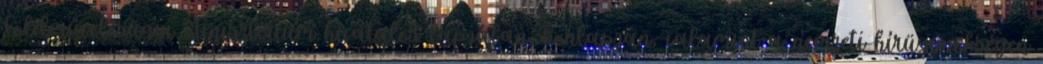
Földművelésügyi Minisztérium hivatalos lapjában, honlapján, valamint a nemzeti hírügynökségen